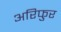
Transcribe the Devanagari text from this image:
अरिफुर